Report of the Indian Hemp Drugs Commission, 1894-1895 - Volume IV
Year: 1894
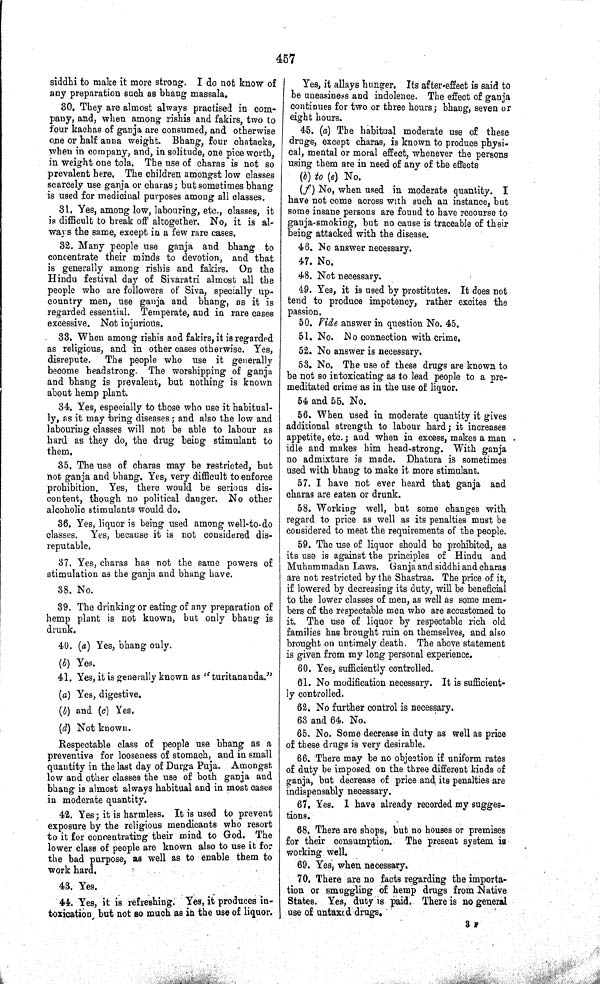
457
siddhi to make it more strong. I do not know of
any preparation such as bhang massala.
30. They are almost always practised in com-
pany, and, when among rishis and fakirs, two to
four kachas of ganja are consumed, and otherwise
one or half anna weight. Bhang, four chatacks,
when in company, and, in solitude, one pice worth,
in weight one tola. The use of charas is not so
prevalent here. The children amongst low classes
scarcely use ganja or charas; but sometimes bhang
is used for medicinal purposes among all classes.
31. Yes, among low, labouring, etc., classes, it
is difficult to break off altogether. No, it is al-
ways the same, except in a few rare cases.
32. Many people use ganja and bhang to
concentrate their minds to devotion, and that
is generally among rishis and fakirs. On the
Hindu festival day of Sivaratri almost all the
people who are followers of Siva, specially up-
country men, use ganja and bhang, as it is
regarded essential. Temperate, and in rare cases
excessive. Not injurious.
33. When among rishis and fakirs, it is regarded
as religious, and in other cases otherwise. Yes,
disrepute. The people who use it generally
become headstrong. The worshipping of ganja
and bhang is prevalent, but nothing is known
about hemp plant.
34. Yes, especially to those who use it habitual-
ly, as it may bring diseases; and also the low and
labouring classes will not be able to labour as
hard as they do, the drug being stimulant to
them.
35. The use of charas may be restricted, but
not ganja and bhang. Yes, very difficult to enforce
prohibition. Yes, there would be serious dis-
content, though no political danger. No other
alcoholic stimulants would do.
36. Yes, liquor is being used among well-to-do
classes. Yes, because it is not considered dis-
reputable.
37. Yes, charas has not the same powers of
stimulation as the ganja and bhang have.
38. No.
39. The drinking or eating of any preparation of
hemp plant is not known, but only bhang is
drunk.
40. (a) Yes, bhang only.
(b) Yes.
41. Yes, it is generally known as "turitananda."
(a) Yes, digestive.
(b) and (c) Yes.
(d) Not known.
Respectable class of people use bhang as a
preventive for looseness of stomach, and in small
quantity in the last day of Durga Puja. Amongst
low and other classes the use of both ganja and
bhang is almost always habitual and in most cases
in moderate quantity.
42. Yes; it is harmless. It is used to prevent
exposure by the religious mendicants who resort
to it for concentrating their mind to God. The
lower class of people are known also to use it for
the bad purpose, as well as to enable them to
work hard.
43. Yes.
44. Yes, it is refreshing. Yes, it produces in-
toxication but not so much as in the use of liquor.
Yes, it allays hunger. Its after-effect is said to
be uneasiness and indolence. The effect of ganja
continues for two or three hours; bhang, seven or
eight hours.
45. (a) The habitual moderate use of these
drugs, except charas, is known to produce physi-
cal, mental or moral effect, whenever the persons
using them are in need of any of the effects
(b) to (e) No.
(f) No. when used in moderate quantity. I
have not come across with such an instance, but
some insane persons are found to have recourse to
ganja-smoking, but no cause is traceable of their
being attacked with the disease.
46. No answer necessary.
47. No.
48. Not necessary.
49. Yes, it is used by prostitutes. It does not
tend to produce impotency, rather excites the
passion.
50. Vide answer in question No. 45.
51. No. No connection with crime.
52. No answer is necessary.
53. No. The use of these drugs are known to
be not so intoxicating as to lead people to a pre-
meditated crime as in the use of liquor.
54 and 55. No.
56. When used in moderate quantity it gives
additional strength to labour hard; it increases
appetite, etc.; and when in excess, makes a man
idle and makes him head-strong. With ganja
no admixture is made. Dhatura is sometimes
used with bhang to make it more stimulant.
57. I have not ever heard that ganja and
charas are eaten or drunk.
58. Working well, but some changes with
regard to price as well as its penalties must be
considered to meet the requirements of the people.
59. The use of liquor should be prohibited, as
its use is against the principles of Hindu and
Muhammadan Laws. Ganja and siddhi and charas
are not restricted by the Shastras. The price of it,
if lowered by decreasing its duty, will be beneficial
to the lower classes of men, as well as some mem-
bers of the respectable men who are accustomed to
it. The use of liquor by respectable rich old
families has brought ruin on themselves, and also
brought on untimely death. The above statement
is given from my long personal experience.
60. Yes, sufficiently controlled.
61. No modification necessary. It is sufficient-
ly controlled.
62. No further control is necessary.
63 and 64. No.
65. No. Some decrease in duty as well as price
of these drugs is very desirable.
66. There may be no objection if uniform rates
of duty be imposed on the three different kinds of
ganja, but decrease of price and its penalties are
indispensably necessary.
67. Yes. I have already recorded my sugges-
tions.
68. There are shops, but no houses or premises
for their consumption. The present system is
working well.
69. Yes, when necessary.
70. There are no facts regarding the importa-
tion or smuggling of hemp drugs from Native
States. Yes, duty is paid. There is no general
use of untaxed
drugs.
3 F